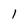
Character: l